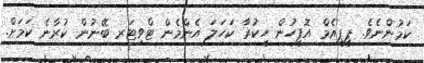
ކަމުންނެވެ. ޕީޕީއެމް އޮފީހުން ހީކުރާ ކަހަލަ އެންމެން ޓްވިޓަރ ބޭނުން ކުރާނެ ކަމަށް.